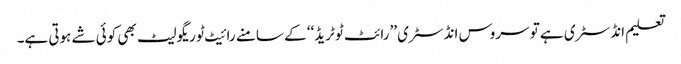
تعلیم انڈسٹری ہے تو سروس انڈسٹری ’’رائٹ ٹو ٹریڈ‘‘ کے سامنے رائیٹ ٹو ریگولیٹ بھی کوئی شے ہوتی ہے۔